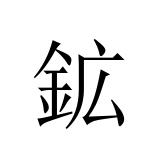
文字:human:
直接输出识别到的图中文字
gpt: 鉱